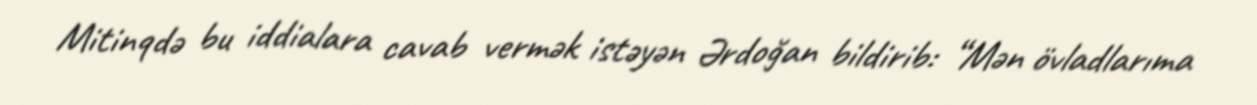
Mitinqdə bu iddialara cavab vermək istəyən Ərdoğan bildirib: “Mən övladlarıma